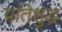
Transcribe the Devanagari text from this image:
प्रतिशुद्ध